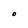
Character: O